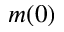
m ( 0 )